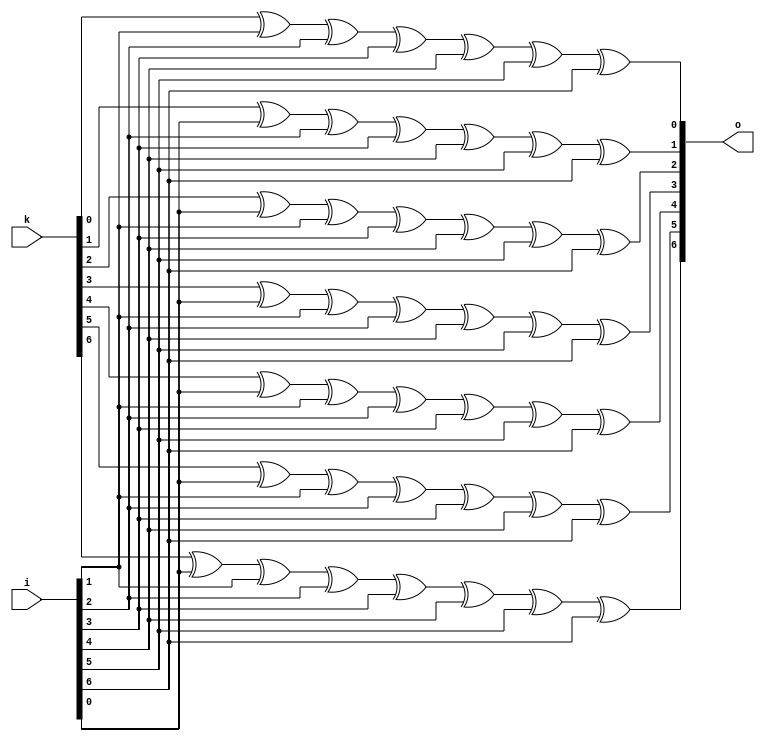
/*
    This program is free software: you can redistribute it and/or modify
     it under the terms of the GNU General Public License as published by
     the Free Software Foundation, either version 3 of the License, or
     (at your option) any later version.
 
     This program is distributed in the hope that it will be useful,
     but WITHOUT ANY WARRANTY; without even the implied warranty of
     MERCHANTABILITY or FITNESS FOR A PARTICULAR PURPOSE.  See the
     GNU General Public License for more details.
 
     You should have received a copy of the GNU General Public License
     along with this program.  If not, see <http://www.gnu.org/licenses/>.
 
 
     Copyright 2016 Andrew 'bunnie' Huang, all rights reserved 
 */


module diff_network (
		     input wire [6:0]   i,
		     output wire [6:0]  o,
		     input wire [6:0]   k
		     );

   assign o[0] = k[0] ^      ^ i[1] ^ i[2] ^ i[3] ^ i[4] ^ i[5] ^ i[6];
   assign o[1] = k[1] ^ i[0] ^      ^ i[2] ^ i[3] ^ i[4] ^ i[5] ^ i[6];
   assign o[2] = k[2] ^ i[0] ^ i[1] ^      ^ i[3] ^ i[4] ^ i[5] ^ i[6];
   assign o[3] = k[3] ^ i[0] ^ i[1] ^ i[2] ^      ^ i[4] ^ i[5] ^ i[6];
   assign o[4] = k[4] ^ i[0] ^ i[1] ^ i[2] ^ i[3] ^      ^ i[5] ^ i[6];
   assign o[5] = k[5] ^ i[0] ^ i[1] ^ i[2] ^ i[3] ^ i[4] ^      ^ i[6];
   assign o[6] = k[6] ^ i[0] ^ i[1] ^ i[2] ^ i[3] ^ i[4] ^ i[5] ^ i[6];
   
endmodule // diff_network